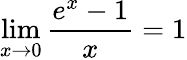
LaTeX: \operatorname*{lim}_{x\to 0}{\frac{e^{x}-1}{x}}=1